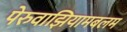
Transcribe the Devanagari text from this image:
पेरुवाझियामबलम